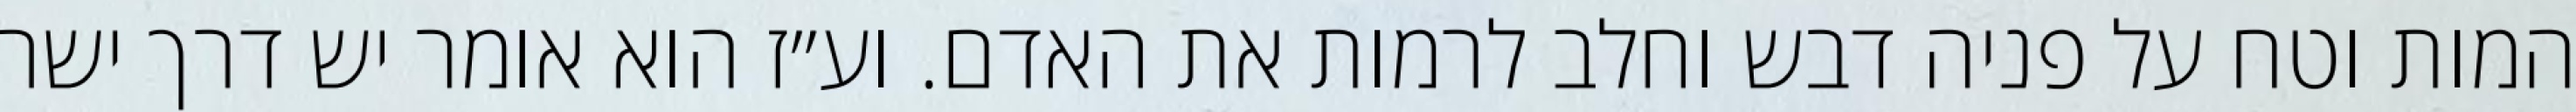
המות וטח על פניה דבש וחלב לרמות את האדם. וע״ז הוא אומר יש דרך ישר